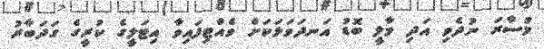
މުސާރަ ނުދެވި އަދި މާލީ ބޮޑު އަނދަވަޅަކަށް ވެއްޓިފައިވާ އިޓަލީގެ ކުރީގެ ގަދަބާރު